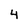
Character: 4